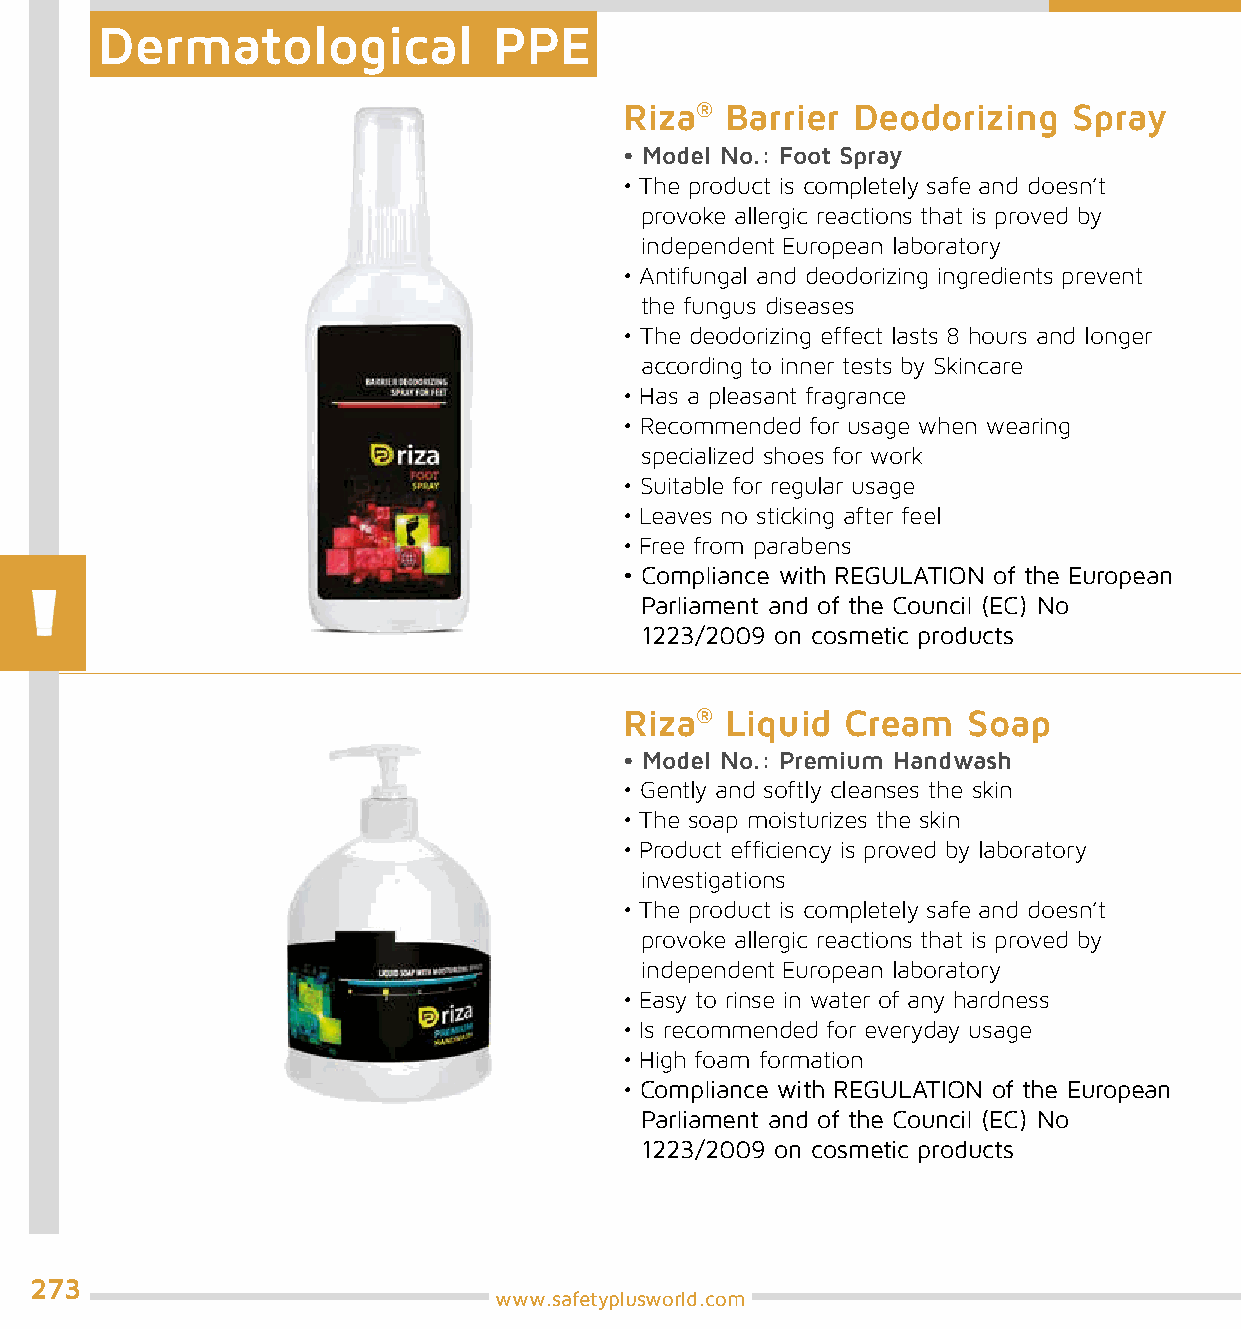
Dermatological             PPE
 Riza®  Barrier Deodorizing    Spray
 • Model No.: Foot Spray
 • The product is completely safe and doesn’t
 provoke allergic reactions that is proved by
 independent European laboratory
 • Antifungal and deodorizing ingredients prevent
 the fungus diseases
 • The deodorizing effect lasts 8 hours and longer
 according to inner tests by Skincare
 • Has a pleasant fragrance
 • Recommended for usage when wearing
 specialized shoes for work
 • Suitable for regular usage
 • Leaves no sticking after feel
 • Free from parabens
 • Compliance with REGULATION of the European
 Parliament and of the Council (EC) No
 1223/2009 on cosmetic products
 Riza®  Liquid  Cream   Soap
 • Model No.: Premium Handwash
 • Gently and softly cleanses the skin
 • The soap moisturizes the skin
 • Product efficiency is proved by laboratory
 investigations
 • The product is completely safe and doesn’t
 provoke allergic reactions that is proved by
 independent European laboratory
 • Easy to rinse in water of any hardness
 • Is recommended for everyday usage
 • High foam formation
 • Compliance with REGULATION of the European
 Parliament and of the Council (EC) No
 1223/2009 on cosmetic products
 273
 www.safetyplusworld.com